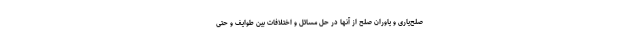
صلح‌یاری و یاوران صلح از آنها در حل مسائل و اختلافات بین طوایف و حتی